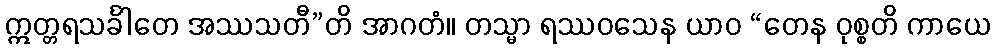
ဣတ္တရသင်္ခါတေ အဿသတီ”တိ အာဂတံ။ တသ္မာ ရဿဝသေန ယာဝ “တေန ဝုစ္စတိ ကာယေ